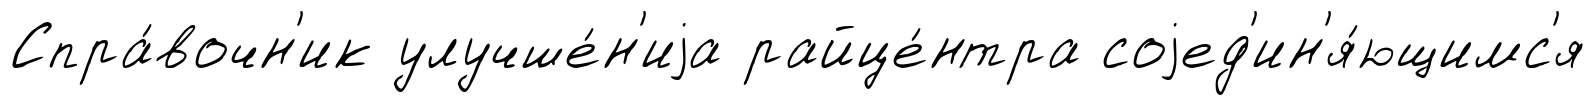
Спра́вочн'ик улучше́н'иjа райце́нтра соjед'ин'я́ющимс'я